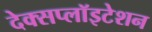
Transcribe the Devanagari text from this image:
देक्सप्लॉइटेशन